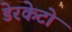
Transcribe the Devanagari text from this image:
डेरकेटो